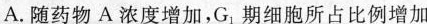
A.随药物A浓度增加，G_{1}期细胞所占比例增加